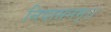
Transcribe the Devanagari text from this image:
निवासनम्।।